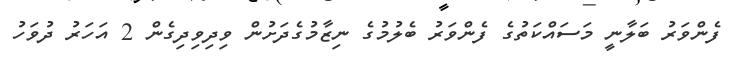
ފެންވަރު ބަލާނީ މަސައްކަތުގެ ފެންވަރު ބެލުމުގެ ނިޒާމުގެދަށުން ވިދިވިދިގެން 2 އަހަރު ދުވަހު